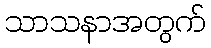
သာသနာအတွက်